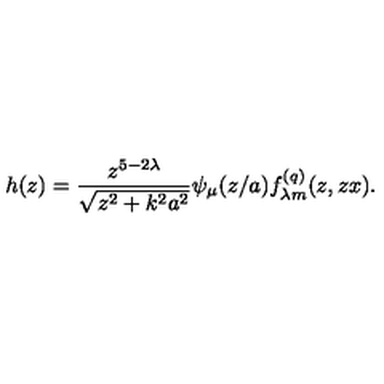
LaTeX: h ( z ) = \frac { z ^ { 5 - 2 \lambda } } { \sqrt { z ^ { 2 } + k ^ { 2 } a ^ { 2 } } } \psi _ { \mu } ( z / a ) f _ { \lambda m } ^ { ( q ) } ( z , z x ) .